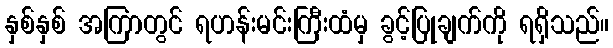
နှစ်နှစ် အကြာတွင် ရဟန်းမင်းကြီးထံမှ ခွင့်ပြုချက်ကို ရရှိသည်။